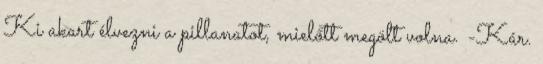
Ki akart élvezni a pillanatot, mielőtt megölt volna. -Kár.